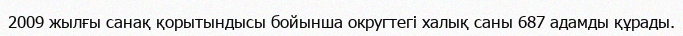
2009 жылғы санақ қорытындысы бойынша округтегі халық саны 687 адамды құрады.